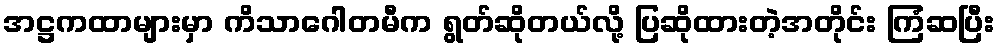
အဋ္ဌကထာများမှာ ကိသာဂေါတမီက ရွတ်ဆိုတယ်လို့ ပြဆိုထားတဲ့အတိုင်း ကြံဆပြီး